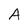
Character: A